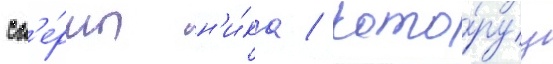
сп'е́рмы н'и́ка / кото́руу